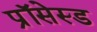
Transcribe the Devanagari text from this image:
प्रॉसेस्ड